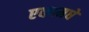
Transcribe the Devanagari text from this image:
एकामधे